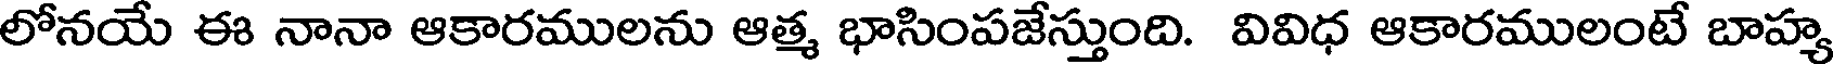
లోనయే ఈ నానా ఆకారములను ఆత్మ భాసింపజేస్తుంది. వివిధ ఆకారములంటే బాహ్య